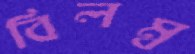
বিলম্ব